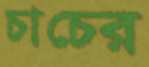
চাচের